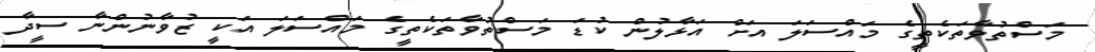
މަސްތުވާތަކެތީގެ މައްސަލަ އަށް އަޅާލުން ކުޑަ މަސްތުވާތަކެތީގެ މައްސަލަ އަކީ ޒުވާނުންނާ ސީދާ